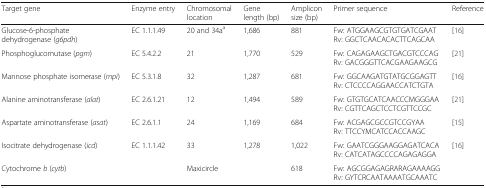
| Target gene | Enzyme entry | Chromosomal location | Gene length (bp) | Amplicon size (bp) | Primer sequence | Reference |
 | --- | --- | --- | --- | --- | --- | --- |
 | Glucose-6-phosphate dehydrogenase (g6pdh) | EC 1.1.1.49 | 20 and 34aa | 1,686 | 881 | Fw: ATGGAAGCGTGTGATCGAATRv: GGCTCAACACACTTCAGCAA | [16] |
 | Phosphoglucomutase (pgm) | EC 5.4.2.2 | 21 | 1,770 | 529 | Fw: CAGAGAAGCTGACGTCCCAGRv: GACGGGTTCACGAAGAAGCG | [21] |
 | Mannose phosphate isomerase (mpi) | EC 5.3.1.8 | 32 | 1,287 | 681 | Fw: GGCAAGATGTATGCGGAGTTRv: CTCCCCAGGAACCATCTGTA | [16] |
 | Alanine aminotransferase (alat) | EC 2.6.1.21 | 12 | 1,494 | 589 | Fw: GTGTGCATCAACCCMGGGAARv: CGTTCAGCTCCTCGTTCCGC | [21] |
 | Aspartate aminotransferase (asat) | EC 2.6.1.1 | 24 | 1,169 | 684 | Fw: ACGAGCGCCGTCCGYAARv: TTCCYMCATCCACCAAGC | [15] |
 | Isocitrate dehydrogenase (icd) | EC 1.1.1.42 | 33 | 1,278 | 1,022 | Fw: GAATCGGGAAGGAGATCACARv: CATCATAGCCCCAGAGAGGA | [16] |
 | Cytochrome b (cytb) |  | Maxicircle |  | 618 | Fw: AGCGGAGAGRARAGAAAAGGRv: GYTCRCAATAAAATGCAAATC |  |